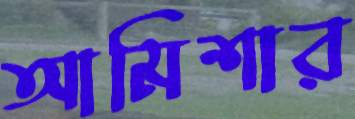
আমিশার